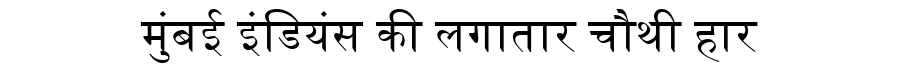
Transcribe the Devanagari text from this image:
मुंबई इंडियंस की लगातार चौथी हार